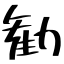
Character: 勧